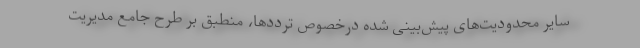
سایر محدودیت‌های پیش‌بینی شده درخصوصِ ترددها، منطبق بر طرح جامع مدیریت